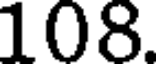
108.